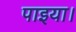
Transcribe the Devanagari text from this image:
पाइया।